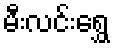
မီးလင်းရွှေ